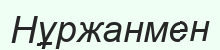
Нұржанмен